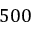
5 0 0